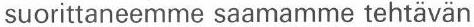
suorittaneemme saamamme tehtävän